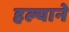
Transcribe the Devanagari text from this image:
हल्याने